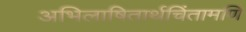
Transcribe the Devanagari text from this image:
अभिलाषितार्थचिंतामणि